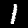
Digit: 1